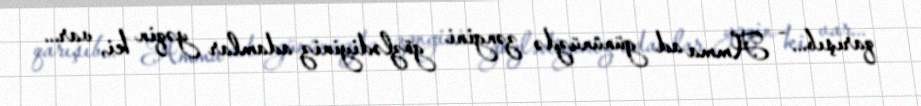
qarışıb... - Amma ad gününüzdə zəngini gözlədiyiniz adamlar yəqin ki, var...